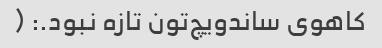
کاهوی ساندویچ‌تون تازه نبود.: (